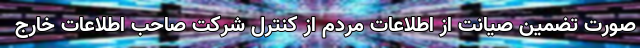
صورت تضمین صیانت از اطلاعات مردم از کنترل شرکت صاحب اطلاعات خارج